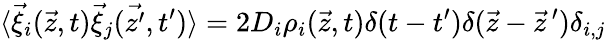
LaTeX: \langle\vec{\xi}_{i}(\vec{z},t)\vec{\xi}_{j}(\vec{z^{\prime}},t^{\prime})\rangle=2D_{i}\rho_{i}(\vec{z},t)\delta(t-t^{\prime})\delta(\vec{z}-\vec{z}\, ^{\prime})\delta_{i,j}